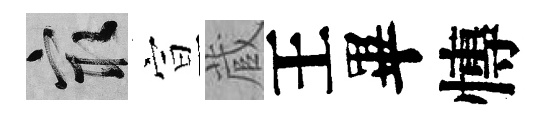
冣宣蔵王畢慱